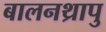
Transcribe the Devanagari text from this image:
बालनथ्रापु